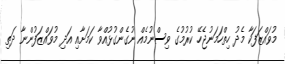
މުވައްޒަފަކާ މެދު ހިތްހަމަނުޖެހޭ ކުރުމުގެ ވިސްނުމެއް ނުގެންގުޅުއްވާ ކަމަށާއި އަދި މުވައްޒަފުންނާ ދަތި